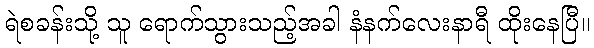
ရဲစခန်းသို့ သူ ရောက်သွားသည့်အခါ နံနက်လေးနာရီ ထိုးနေပြီ။